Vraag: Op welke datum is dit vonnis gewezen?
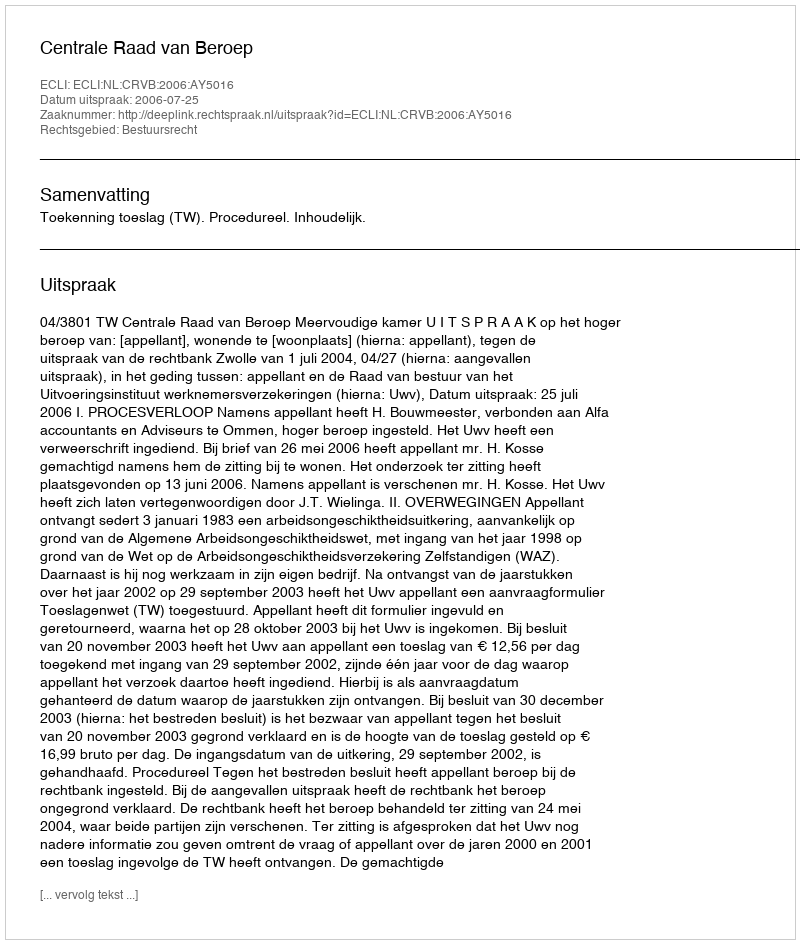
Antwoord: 2006-07-25